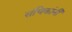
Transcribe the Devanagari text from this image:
संचिकांनी